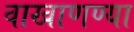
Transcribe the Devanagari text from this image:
वाखाणण्या